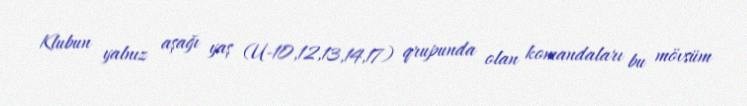
Klubun yalnız aşağı yaş (U-10,12,13,14,17) qrupunda olan komandaları bu mövsüm